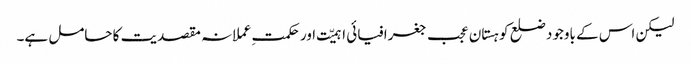
لیکن اس کے باوجود ضلع کوہستان عجب جغرافیائی اہمیّت اور حکمتِ عملانہ مقصدیت کا حامل ہے۔